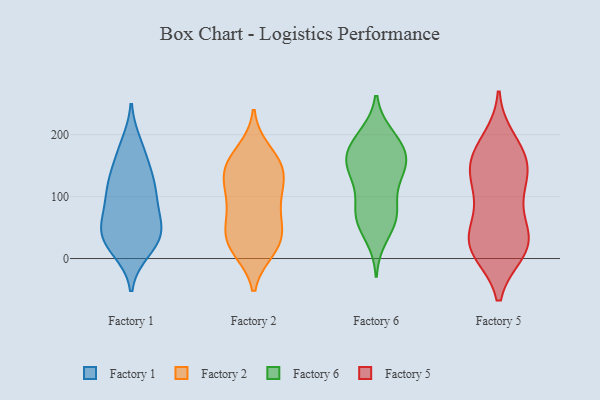
{"axis": {"x": "Budget (USD K)", "y": "Value"}, "legend": ["Factory 1", "Factory 2", "Factory 5", "Factory 6"], "data": [{"x": "", "y": 127, "type": "Factory 1"}, {"x": "", "y": 78, "type": "Factory 1"}, {"x": "", "y": 114, "type": "Factory 1"}, {"x": "", "y": 184, "type": "Factory 1"}, {"x": "", "y": 13, "type": "Factory 1"}, {"x": "", "y": 34, "type": "Factory 1"}, {"x": "", "y": 48, "type": "Factory 1"}, {"x": "", "y": 109, "type": "Factory 1"}, {"x": "", "y": 30, "type": "Factory 1"}, {"x": "", "y": 175, "type": "Factory 1"}, {"x": "", "y": 48, "type": "Factory 1"}, {"x": "", "y": 91, "type": "Factory 1"}, {"x": "", "y": 123, "type": "Factory 1"}, {"x": "", "y": 64, "type": "Factory 1"}, {"x": "", "y": 39, "type": "Factory 1"}, {"x": "", "y": 152, "type": "Factory 1"}, {"x": "", "y": 19, "type": "Factory 1"}, {"x": "", "y": 123, "type": "Factory 2"}, {"x": "", "y": 19, "type": "Factory 2"}, {"x": "", "y": 96, "type": "Factory 2"}, {"x": "", "y": 60, "type": "Factory 2"}, {"x": "", "y": 61, "type": "Factory 2"}, {"x": "", "y": 148, "type": "Factory 2"}, {"x": "", "y": 94, "type": "Factory 2"}, {"x": "", "y": 144, "type": "Factory 2"}, {"x": "", "y": 15, "type": "Factory 2"}, {"x": "", "y": 27, "type": "Factory 2"}, {"x": "", "y": 24, "type": "Factory 2"}, {"x": "", "y": 115, "type": "Factory 2"}, {"x": "", "y": 173, "type": "Factory 2"}, {"x": "", "y": 43, "type": "Factory 2"}, {"x": "", "y": 148, "type": "Factory 2"}, {"x": "", "y": 156, "type": "Factory 2"}, {"x": "", "y": 125, "type": "Factory 6"}, {"x": "", "y": 74, "type": "Factory 6"}, {"x": "", "y": 165, "type": "Factory 6"}, {"x": "", "y": 199, "type": "Factory 6"}, {"x": "", "y": 168, "type": "Factory 6"}, {"x": "", "y": 165, "type": "Factory 6"}, {"x": "", "y": 142, "type": "Factory 6"}, {"x": "", "y": 154, "type": "Factory 6"}, {"x": "", "y": 195, "type": "Factory 6"}, {"x": "", "y": 69, "type": "Factory 6"}, {"x": "", "y": 85, "type": "Factory 6"}, {"x": "", "y": 34, "type": "Factory 6"}, {"x": "", "y": 153, "type": "Factory 6"}, {"x": "", "y": 127, "type": "Factory 6"}, {"x": "", "y": 189, "type": "Factory 6"}, {"x": "", "y": 66, "type": "Factory 6"}, {"x": "", "y": 60, "type": "Factory 6"}, {"x": "", "y": 126, "type": "Factory 5"}, {"x": "", "y": 11, "type": "Factory 5"}, {"x": "", "y": 151, "type": "Factory 5"}, {"x": "", "y": 120, "type": "Factory 5"}, {"x": "", "y": 13, "type": "Factory 5"}, {"x": "", "y": 191, "type": "Factory 5"}, {"x": "", "y": 173, "type": "Factory 5"}, {"x": "", "y": 98, "type": "Factory 5"}, {"x": "", "y": 16, "type": "Factory 5"}, {"x": "", "y": 36, "type": "Factory 5"}, {"x": "", "y": 27, "type": "Factory 5"}, {"x": "", "y": 61, "type": "Factory 5"}, {"x": "", "y": 163, "type": "Factory 5"}, {"x": "", "y": 47, "type": "Factory 5"}, {"x": "", "y": 132, "type": "Factory 5"}, {"x": "", "y": 15, "type": "Factory 5"}, {"x": "", "y": 164, "type": "Factory 5"}]}